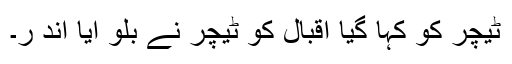
ٹیچر کو کہا گیا اقبال کو ٹیچر نے بلو ایا اند ر۔